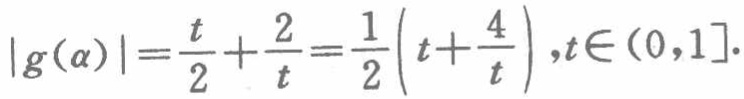
\(|g(\alpha)|=\frac{t}{2}+\frac{2}{t}=\frac{1}{2}\left(t+\frac{4}{t}\right),t\in(0,1].\)